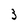
Character: 3